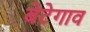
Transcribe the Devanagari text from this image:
बेटेगाव